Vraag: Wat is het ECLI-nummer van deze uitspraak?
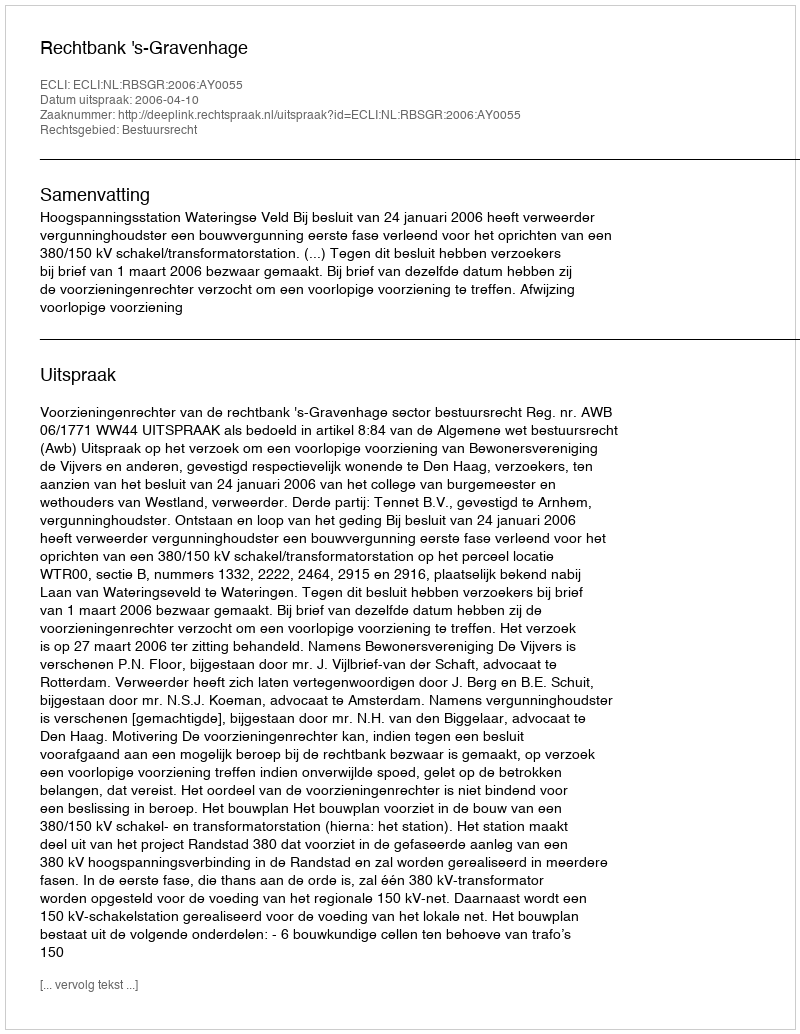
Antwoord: ECLI:NL:RBSGR:2006:AY0055